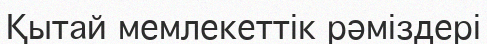
Қытай мемлекеттік рәміздері